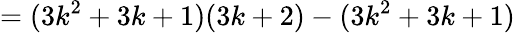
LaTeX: =(3k^{2}+3k+1)(3k+2)-(3k^{2}+3k+1)